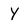
Character: y